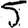
Digit: 5